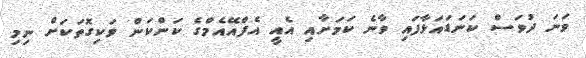
ވަނަ ދުވަސް ކަނަޑައަޅާފައި ވާނެ ކަމަށާއި އެއީ އެފްއޭއެމްގެ ކަންކަން ވަކިގޮތަކަށް ނިމި